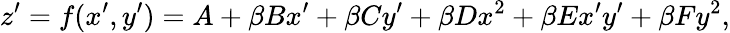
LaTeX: z^{\prime}=f(x^{\prime},y^{\prime})=A+\beta Bx^{\prime}+\beta Cy^{\prime}+\beta Dx^{2}+\beta Ex^{\prime}y^{\prime}+\beta Fy^{2},